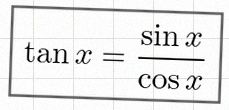
\tan x=\frac{\sin x}{\cos x}